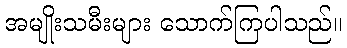
အမျိုးသမီးများ သောက်ကြပါသည်။